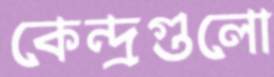
কেন্দ্রগুলো